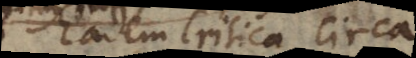
Eadem Critica circa